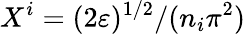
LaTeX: X^{i}=(2\varepsilon)^{1/2}/(n_{i}\pi^{2})